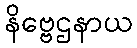
နိဗ္ဗေဌနာယ